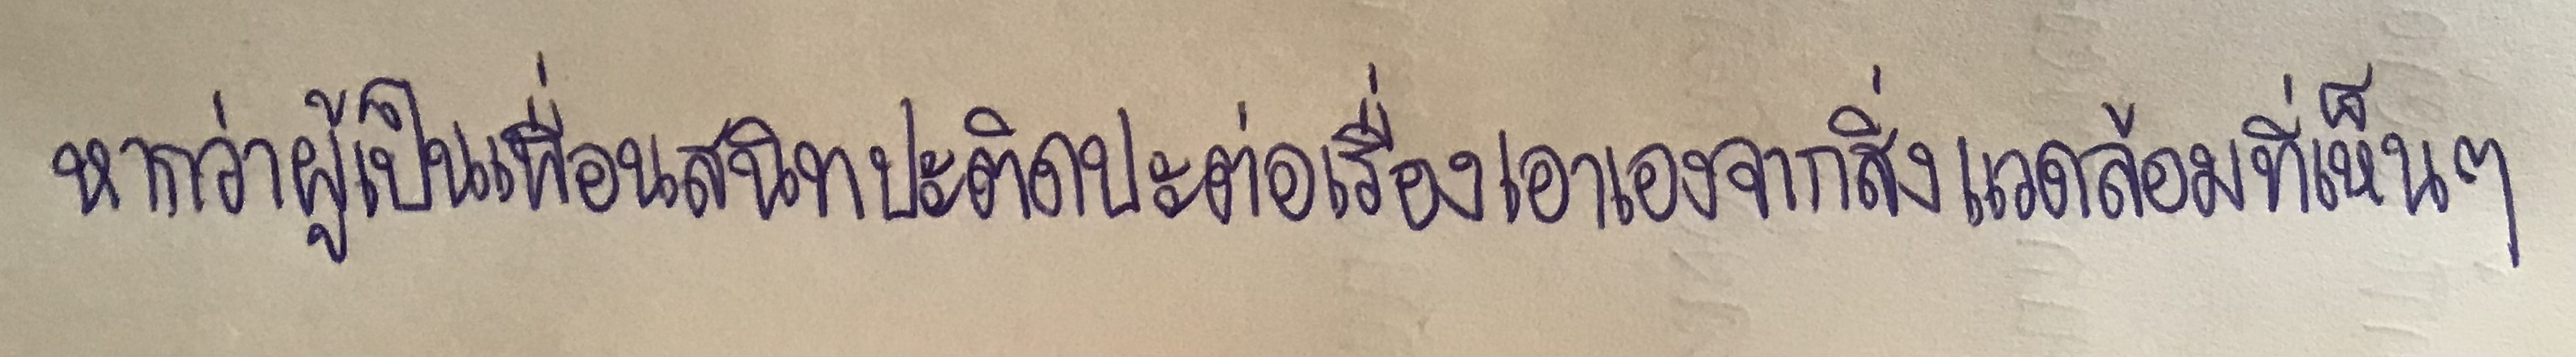
หากว่าผู้เป็นเพื่อนสนิทปะติดปะต่อเรื่องเอาเองจากสิ่งแวดล้อมที่เห็นๆ